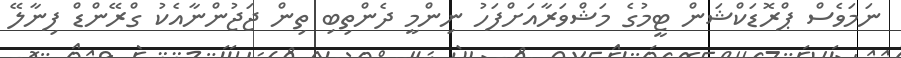
ނަމަވެސް ޕްރޮޑަކްޝަން ޓީމުގެ މަޝްވަރާއަށްފަހު ނިންމީ ދެންތިބި ތިން ޖަޖުންނާއެކު ގްރޭންޑް ފިނާލޭ